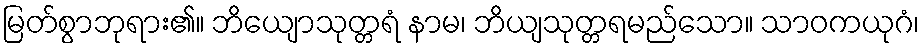
မြတ်စွာဘုရား၏။ ဘိယျောသုတ္တရံ နာမ၊ ဘိယျသုတ္တရမည်သော။ သာဝကယုဂံ၊